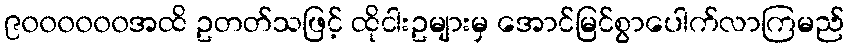
၉၀၀၀၀၀၀အထိ ဥတတ်သဖြင့် ထိုငါးဥများမှ အောင်မြင်စွာပေါက်လာကြမည်